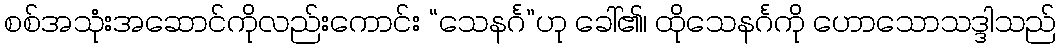
စစ်အသုံးအဆောင်ကိုလည်းကောင်း “သေနင်္ဂ”ဟု ခေါ်၏၊ ထိုသေနင်္ဂကို ဟောသောသဒ္ဒါသည်